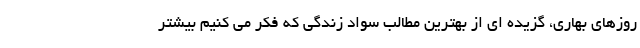
روزهای بهاری، گزیده ای از بهترین مطالب سواد زندگی که فکر می کنیم بیشتر